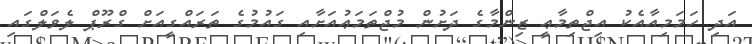
އަދި ހަމަމިއާއެކު އިޖްތިމާޢީ ޒިންމާގެ ދަށުން މުޖްތަމަޢުއަށާއި ގައުމުގެ ތަރައްގީއަށް ގްރޫޕް ލެވަލްގައި